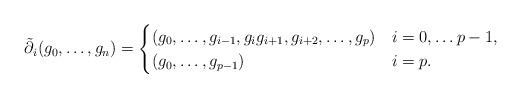
LaTeX: \begin{align*}\tilde\partial_{i}(g_{0}, \dots, g_{n}) = \begin{cases}(g_{0}, \dots, g_{i-1}, g_{i}g_{i+1}, g_{i+2}, \dots, g_{p}) & i=0, \dots p-1, \\(g_{0}, \dots, g_{p-1}) & i=p.\end{cases}\end{align*}